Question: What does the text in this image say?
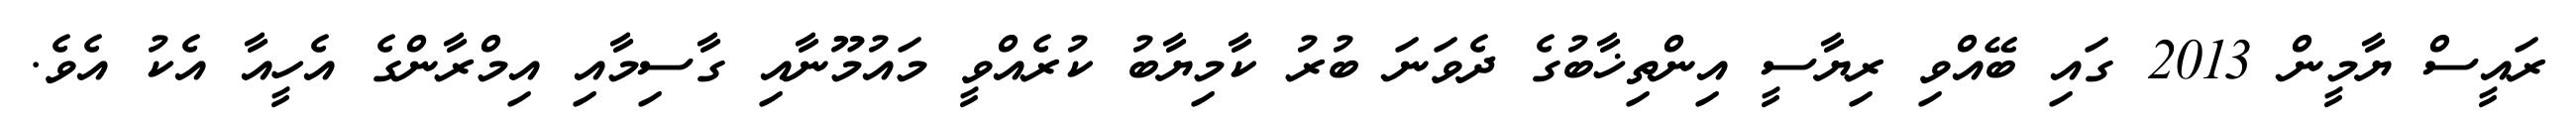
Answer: ރައީސް ޔާމީން 2013 ގައި ބޭއްވި ރިޔާސީ އިންތިޚާބުގެ ދެވަނަ ބުރު ކާމިޔާބު ކުރެއްވީ މައުމޫނާއި ގާސިމާއި އިމްރާންގެ އެހީއާ އެކު އެވެ.